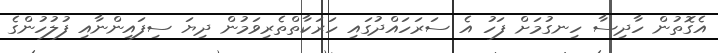
އެގޮތުން ހާދިސާ ހިނގުމަށް ފަހު އެ ސަރަހައްދުގައި ހަރަކާތްތެރިވަމުން ދިޔަ ސިފައިންނާއި ފުލުހުންގެ